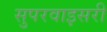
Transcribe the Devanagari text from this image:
सुपरवाइसरी